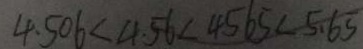
4 . 5 0 6 < 4 . 5 6 < 4 5 6 5 < 5 . 6 5